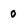
Character: 0